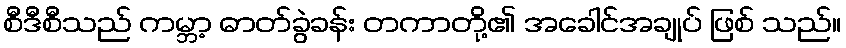
စီဒီစီသည် ကမ္ဘာ့ ဓာတ်ခွဲခန်း တကာတို့၏ အခေါင်အချုပ် ဖြစ် သည်။